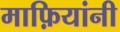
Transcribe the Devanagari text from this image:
माफ़ियांनी